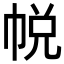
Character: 帨